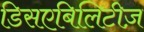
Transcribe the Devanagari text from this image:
डिसएबिलिटीज़